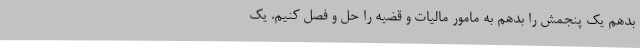
بدهم یک پنجمش را بدهم به مامور مالیات و قضیه را حل و فصل کنیم. یک